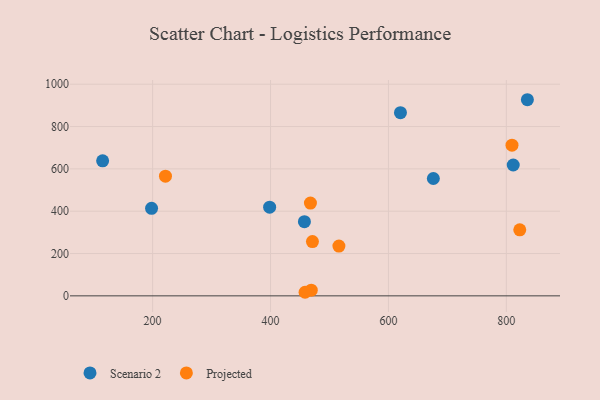
{"axis": {"x": "Ad Spend", "y": "Sales"}, "legend": ["Projected", "Scenario 2"], "data": [{"x": "115.2", "y": 637.8, "type": "Scenario 2"}, {"x": "398.5", "y": 419.2, "type": "Scenario 2"}, {"x": "457.5", "y": 350.6, "type": "Scenario 2"}, {"x": "811.7", "y": 618.2, "type": "Scenario 2"}, {"x": "620.4", "y": 865.4, "type": "Scenario 2"}, {"x": "676.2", "y": 554.4, "type": "Scenario 2"}, {"x": "198.2", "y": 413.4, "type": "Scenario 2"}, {"x": "835.7", "y": 926.7, "type": "Scenario 2"}, {"x": "467.7", "y": 438.4, "type": "Projected"}, {"x": "221.8", "y": 565.3, "type": "Projected"}, {"x": "471.1", "y": 256.6, "type": "Projected"}, {"x": "469.1", "y": 26.7, "type": "Projected"}, {"x": "516.0", "y": 235.0, "type": "Projected"}, {"x": "458.6", "y": 16.9, "type": "Projected"}, {"x": "809.6", "y": 711.8, "type": "Projected"}, {"x": "822.8", "y": 311.8, "type": "Projected"}]}